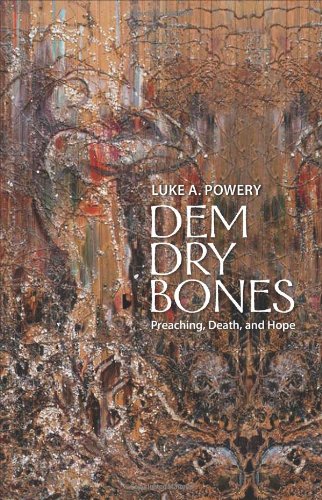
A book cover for Dem Dry Bones: Preaching, Death, and Hope; Luke A. Powery; Christian Books & Bibles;